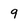
Character: 9